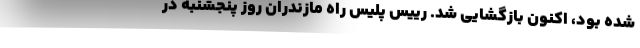
شده بود، اکنون بازگشایی شد. رییس پلیس راه مازندران روز پنجشنبه در